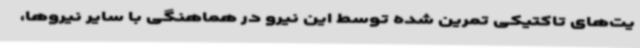
یت‌های تاکتیکی تمرین شده توسط این نیرو در هماهنگی با سایر نیروها،